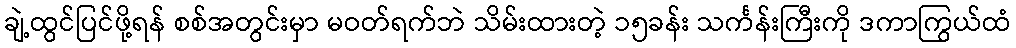
ချဲ့ထွင်ပြင်ဖို့ရန် စစ်အတွင်းမှာ မဝတ်ရက်ဘဲ သိမ်းထားတဲ့ ၁၅ခန်း သင်္ကန်းကြီးကို ဒကာကြွယ်ထံ